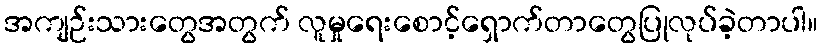
အကျဉ်းသားတွေအတွက် လူမှုရေးစောင့်ရှောက်တာတွေပြုလုပ်ခဲ့တာပါ။